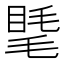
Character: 𥇾